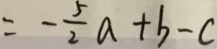
= - \frac { 5 } { 2 } a + b - c